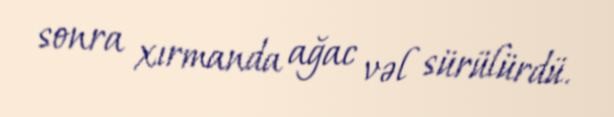
sonra xırmanda ağac vəl sürülürdü.